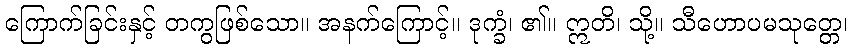
ကြောက်ခြင်းနှင့် တကွဖြစ်သော။ အနက်ကြောင့်။ ဒုက္ခံ၊ ၏။ ဣတိ၊ သို့။ သီဟောပမသုတ္တေ၊